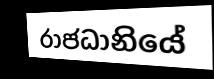
රාජධානියේ